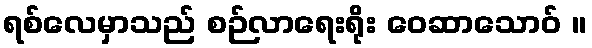
ရစ်လေမှာသည် စဉ်လာရေးရိုး ဝေဆာသောဝ် ။